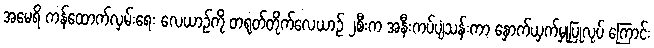
အမေရိ ကန်ထောက်လှမ်းရေး လေယာဉ်ကို တရုတ်တိုက်လေယာဉ် ၂စီးက အနီးကပ်ပျံသန်းကာ နှောက်ယှက်မှုပြုလုပ် ကြောင်း